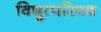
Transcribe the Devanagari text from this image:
विद्युत्परिपथ